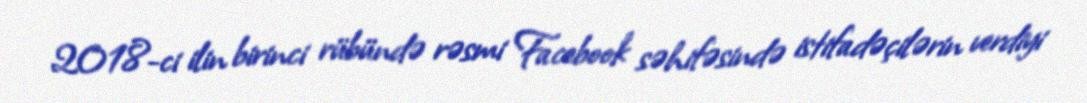
2018-ci ilin birinci rübündə rəsmi Facebook səhifəsində istifadəçilərin verdiyi